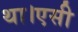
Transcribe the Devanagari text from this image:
था।एसी